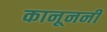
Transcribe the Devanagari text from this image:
कानूननी